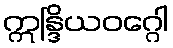
ဣန္ဒြိယဝဂ္ဂေါ